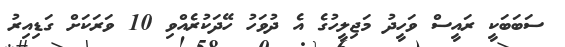
ސަބަބަކީ ރައީސް ވަހީދު މަޖިލީހުގެ އެ ދުވަހު ހޭދަކުރެއްވި 10 ވަރަކަށް ގަޑިއިރު